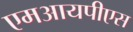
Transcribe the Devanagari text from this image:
एमआयपीएस